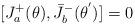
LaTeX: \begin{align*}[J^{+}_{a}(\theta),{\bar{J}}^{-}_{b}({\theta}^{'})]=0\end{align*}